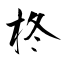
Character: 柊